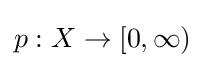
p:X\to [0,\infty )